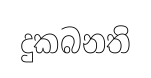
දුකබනති